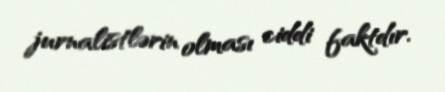
jurnalistlərin olması ciddi faktdır.